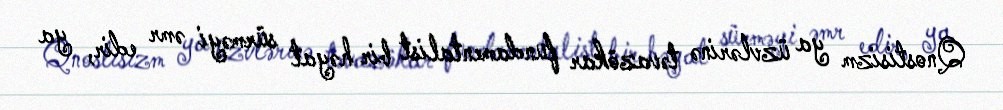
Qnostisizm ya üzvlərinə təvazökar fundamentalist bir həyat sürməyi əmr edir, ya